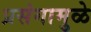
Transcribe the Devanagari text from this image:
प्रसंगामुळे